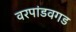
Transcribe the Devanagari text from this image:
वरपांडवगड